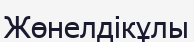
Жөнелдікұлы